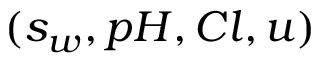
( s _ { w } , p H , C l , u )